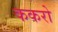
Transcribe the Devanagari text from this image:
ककरो